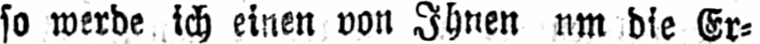
so werde ich einen von Ihnen nm die Er⸗